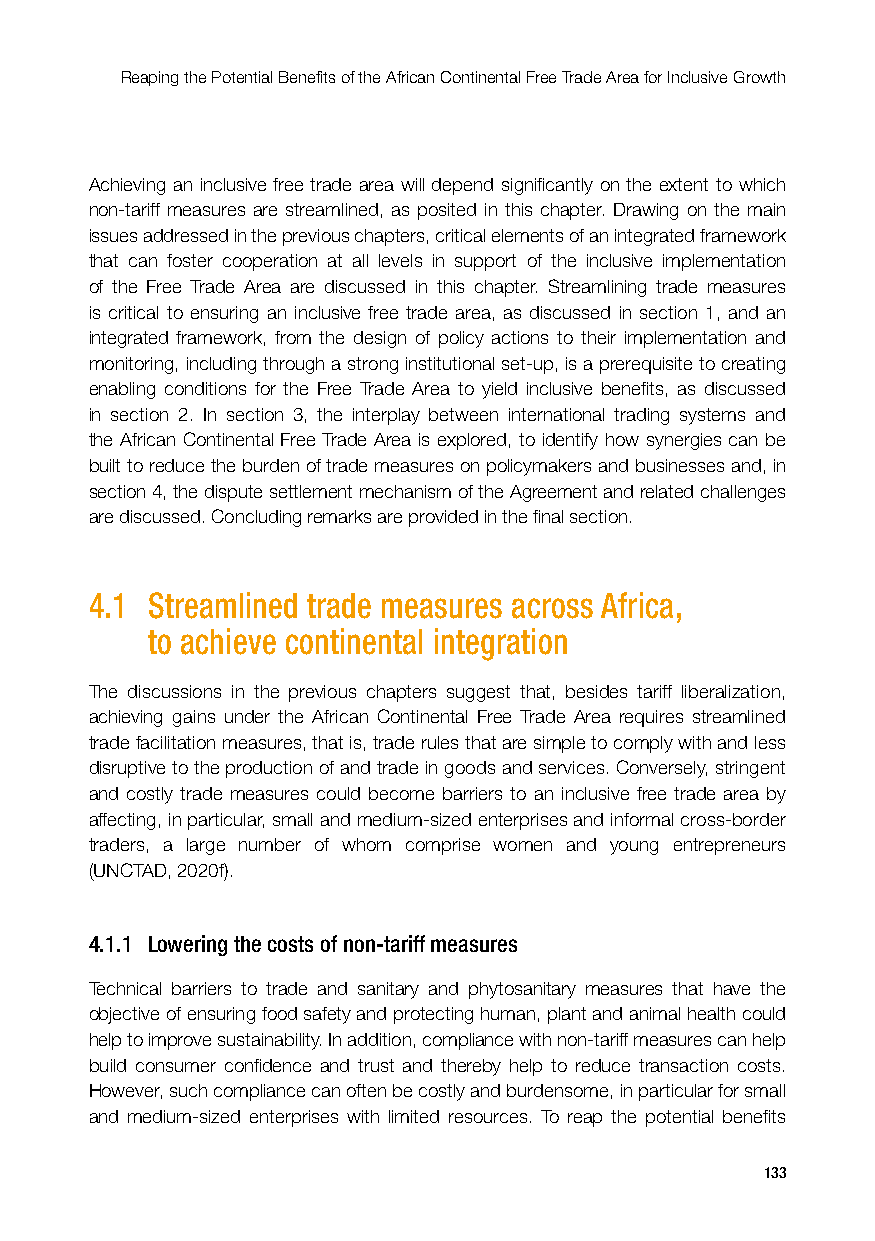
Reaping the Potential Benefits of the African Continental Free Trade Area for Inclusive Growth
 Achieving an inclusive free trade area will depend significantly on the extent to which
 non-tariff measures are streamlined, as posited in this chapter. Drawing on the main
 issues addressed in the previous chapters, critical elements of an integrated framework
 that can foster cooperation at all levels in support of the inclusive implementation
 of the Free Trade Area are discussed in this chapter. Streamlining trade measures
 is critical to ensuring an inclusive free trade area, as discussed in section 1, and an
 integrated framework, from the design of policy actions to their implementation and
 monitoring, including through a strong institutional set-up, is a prerequisite to creating
 enabling conditions for the Free Trade Area to yield inclusive benefits, as discussed
 in section 2. In section 3, the interplay between international trading systems and
 the African Continental Free Trade Area is explored, to identify how synergies can be
 built to reduce the burden of trade measures on policymakers and businesses and, in
 section 4, the dispute settlement mechanism of the Agreement and related challenges
 are discussed. Concluding remarks are provided in the final section.
 4.1 Streamlined trade measures across Africa,
 to achieve continental integration
 The discussions in the previous chapters suggest that, besides tariff liberalization,
 achieving gains under the African Continental Free Trade Area requires streamlined
 trade facilitation measures, that is, trade rules that are simple to comply with and less
 disruptive to the production of and trade in goods and services. Conversely, stringent
 and costly trade measures could become barriers to an inclusive free trade area by
 affecting, in particular, small and medium-sized enterprises and informal cross-border
 traders, a large number of whom comprise women and young entrepreneurs
 (UNCTAD, 2020f).
 4.1.1 Lowering the costs of non-tariff measures
 Technical barriers to trade and sanitary and phytosanitary measures that have the
 objective of ensuring food safety and protecting human, plant and animal health could
 help to improve sustainability. In addition, compliance with non-tariff measures can help
 build consumer confidence and trust and thereby help to reduce transaction costs.
 However, such compliance can often be costly and burdensome, in particular for small
 and medium-sized enterprises with limited resources. To reap the potential benefits
 133